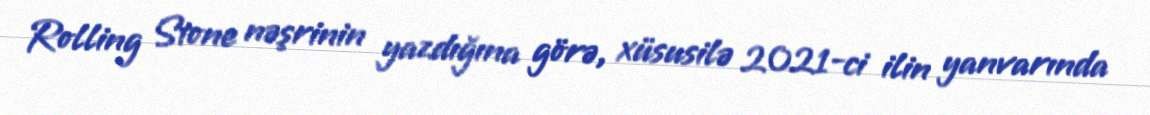
Rolling Stone nəşrinin yazdığına görə, xüsusilə 2021-ci ilin yanvarında